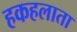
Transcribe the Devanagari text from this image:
हकहलाता